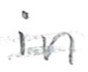
Text: in
Cross-out: double-line
Writing tool: pencil